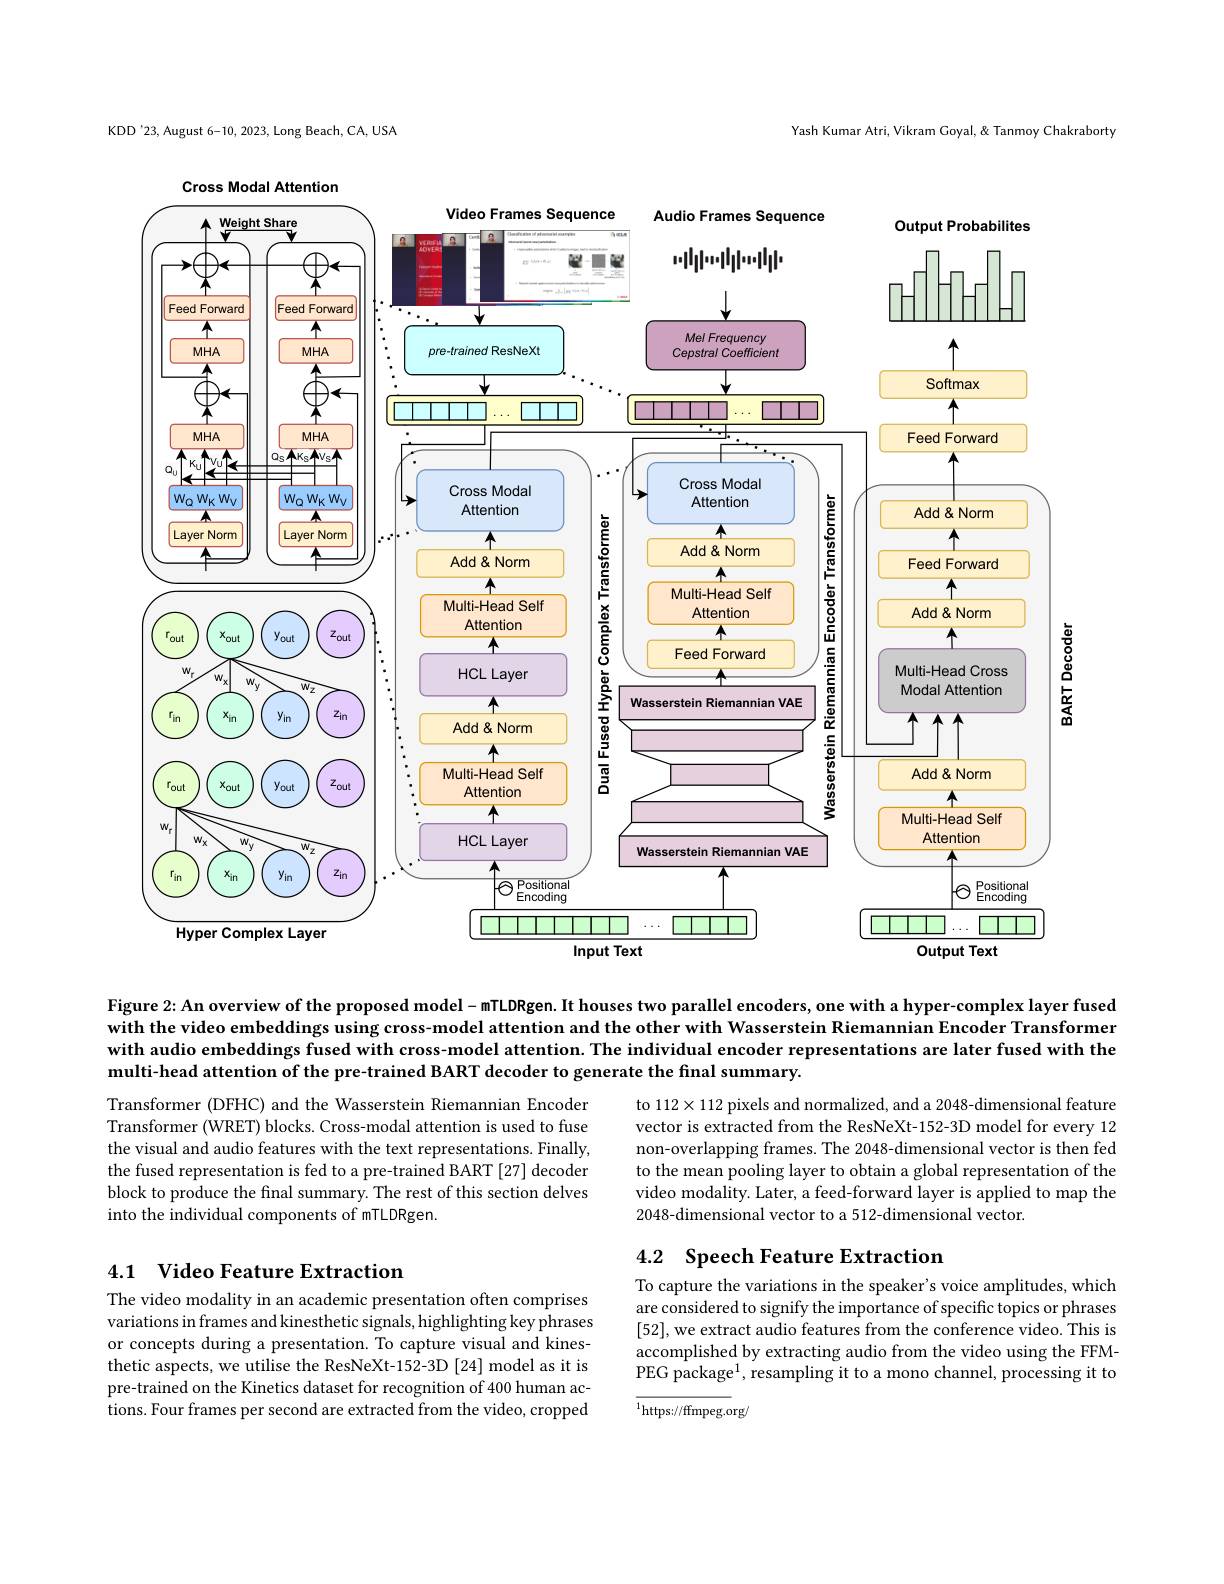
Yash Kumar Atri, Vikram Goyal, & Tanmoy Chakraborty

KDD'23, August 6-10, 2023, Long Beach, CA, USA

Cross Modal Attention

<FigureHere>

Figure 2: An overview of the proposed model- mTLDRgen. It houses two parallel encoders, one with a hyper-complex layer fused with the video embeddings using cross-model attention and the other with Wasserstein Riemannian Encoder Transformer with audio embeddings fused with cross-model attention. The individual encoder representations are later fused with the multi-head attention of the pre-trained BART decoder to generate the final summary.

to $112\times112$ pixels and normalized, and a 2048-dimensional feature vector is extracted from the ResNeXt-152-3D model for every 12 non-overlapping frames. The 2048-dimensional vector is then fed to the mean pooling layer to obtain a global representation of the video modality. Later, a feed-forward layer is applied to map the 2048-dimensional vector to a 512-dimensional vector.

Transformer (DFHC) and the Wasserstein Riemannian Encoder Transformer (WRET) blocks. Cross-modal attention is used to fuse the visual and audio features with the text representations. Finally, the fused representation is fed to a pre-trained BART [27] decoder block to produce the final summary. The rest of this section delves into the individual components of mTLDRgen.

## 4.2 Speech Feature Extraction

## 4.1 Video Feature Extraction

To capture the variations in the speaker's voice amplitudes, which are considered to signify the importance of specific topics or phrases [52],we extract audio features from the conference video. This is accomplished by extracting audio from the video using the FFMPEG package$^1$,resampling it to a mono channel, processing it to

The video modality in an academic presentation often comprises variations in frames and kinesthetic signals, highlighting key phrases or concepts during a presentation. To capture visual and kinesthetic aspects, we utilise the ResNeXt-152-3D [24] model as it is pre-trained on the Kinetics dataset for recognition of 400 human actions. Four frames per second are extracted from the video, cropped

${\overline{^{1}\mathrm{https://ffmpeg.org/}}}$